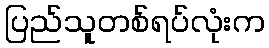
ပြည်သူတစ်ရပ်လုံးက